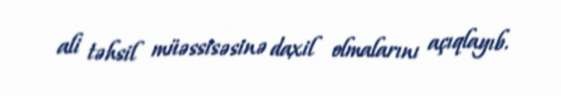
ali təhsil müəssisəsinə daxil olmalarını açıqlayıb.